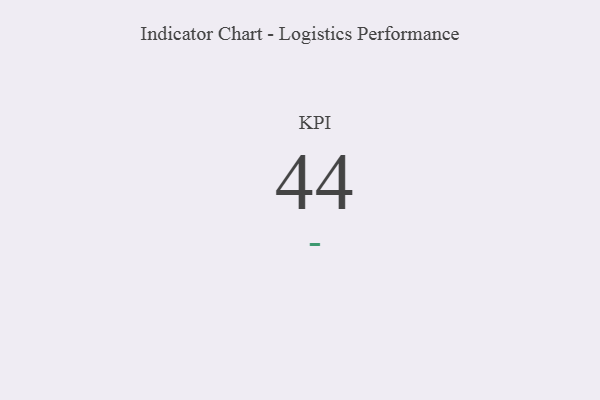
{"axis": {"x": "KPI", "y": "Value"}, "legend": [""], "data": [{"x": "KPI", "y": 44, "type": ""}]}